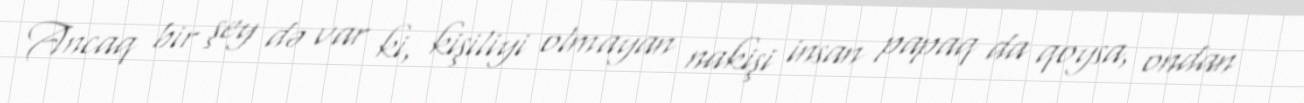
Ancaq bir şey də var ki, kişiliyi olmayan nakişi insan papaq da qoysa, ondan